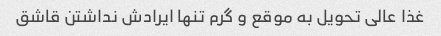
غذا عالی تحویل به موقع و گرم تنها ایرادش نداشتن قاشق